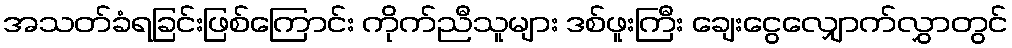
အသတ်ခံရခြင်းဖြစ်ကြောင်း ကိုက်ညီသူများ ဒစ်ဖူးကြီး ချေးငွေလျှောက်လွှာတွင်